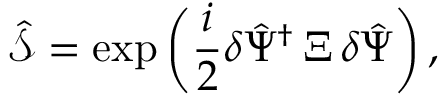
\hat { \mathcal { S } } = \exp \bigg ( \frac { i } { 2 } \delta \hat { \Psi } ^ { \dagger } \, \Xi \, \delta \hat { \Psi } \bigg ) \, ,